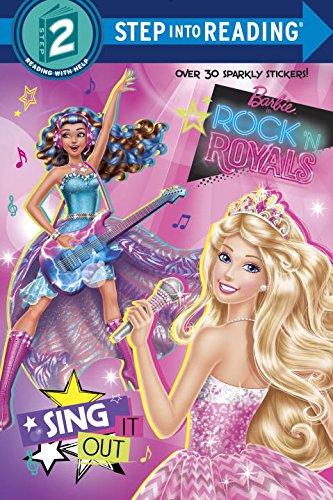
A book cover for Sing It Out (Barbie in Rock 'n Royals) (Step into Reading); Devin Ann Wooster; Children's Books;